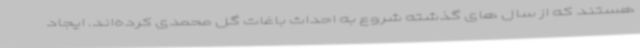
هستند که از سال های گذشته شروع به احداث باغات گل محمدی کرده‌اند. ایجاد